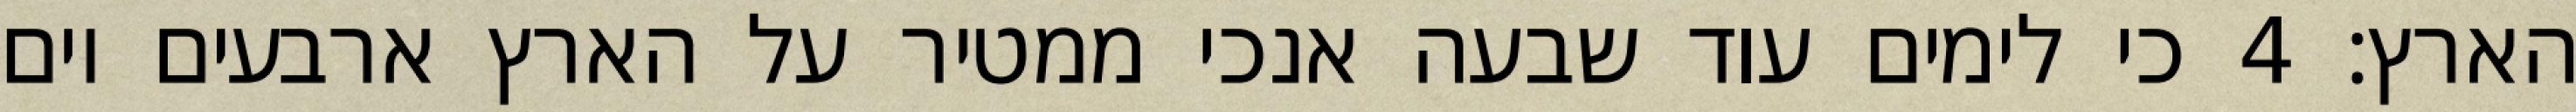
הארץ׃ ‎4‏ כי לימים עוד שבעה אנכי ממטיר על הארץ ארבעים יום